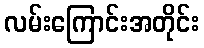
လမ်းကြောင်းအတိုင်း